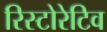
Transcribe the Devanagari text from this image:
रिस्टोरेटिव